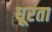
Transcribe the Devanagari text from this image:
धूरता